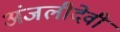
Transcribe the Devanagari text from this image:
अंजलीदेवी